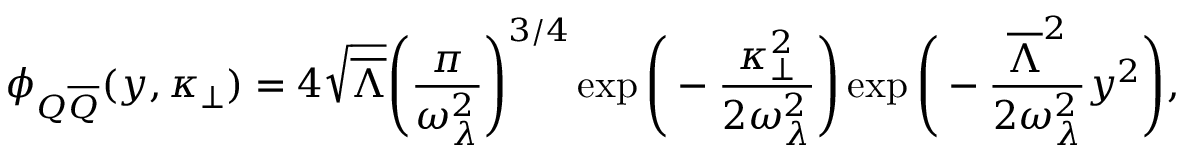
\phi _ { Q \overline { { { Q } } } } ( y , \kappa _ { \bot } ) = 4 \sqrt { \overline { { { \Lambda } } } } \Bigg ( { \frac { \pi } { \omega _ { \lambda } ^ { 2 } } } \Bigg ) ^ { 3 / 4 } \exp \Bigg ( - { \frac { \kappa _ { \bot } ^ { 2 } } { 2 \omega _ { \lambda } ^ { 2 } } } \Bigg ) \exp \Bigg ( - { \frac { \overline { { { \Lambda } } } ^ { 2 } } { 2 \omega _ { \lambda } ^ { 2 } } } y ^ { 2 } \Bigg ) ,